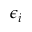
\epsilon _ { i }